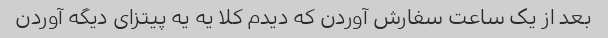
بعد از یک ساعت سفارش آوردن که دیدم کلا یه یه پیتزای دیگه آوردن